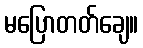
မပြောတတ်ချေ။